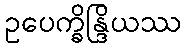
ဥပေက္ခိန္ဒြိယဿ